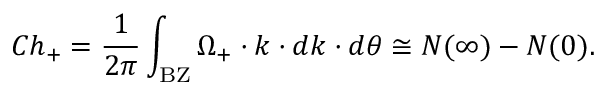
C h _ { + } = \frac { 1 } { 2 \pi } \int _ { \mathrm { B Z } } \Omega _ { + } \cdot k \cdot d k \cdot d \theta \cong N ( \infty ) - N ( 0 ) .